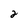
Character: 2